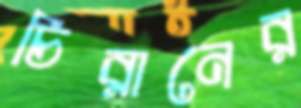
চিরানের